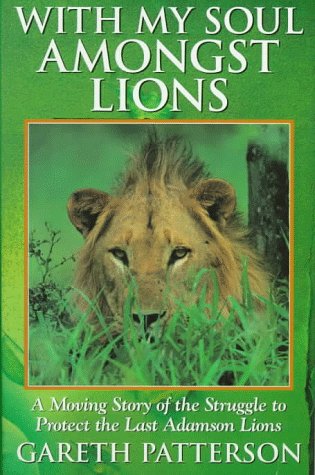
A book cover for With My Soul Amongst Lions; Gareth Patterson; Sports & Outdoors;